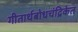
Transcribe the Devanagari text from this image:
गीतार्थबोधचंद्रिकेत